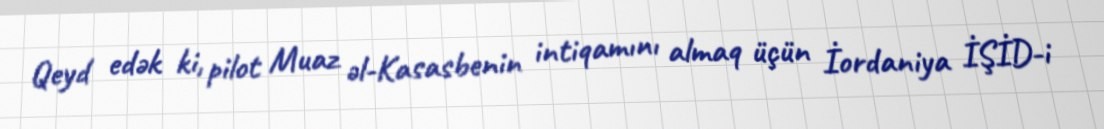
Qeyd edək ki, pilot Muaz əl-Kasasbenin intiqamını almaq üçün İordaniya İŞİD-i